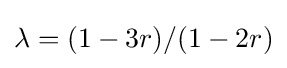
\lambda =(1-3r)/(1-2r)